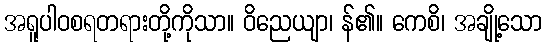
အရူပါဝစရတရားတို့ကိုသာ။ ဝိညေယျာ၊ န်၏။ ကေစိ၊ အချို့သော